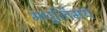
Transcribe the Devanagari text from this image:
मधुलिमये